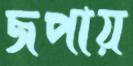
জপায়